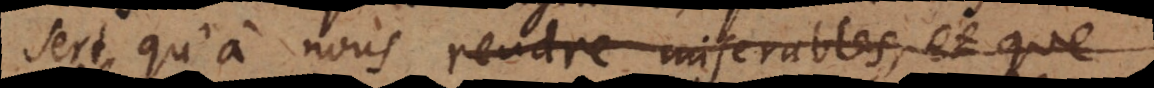
sert qu’à nous rendre miserables, et que